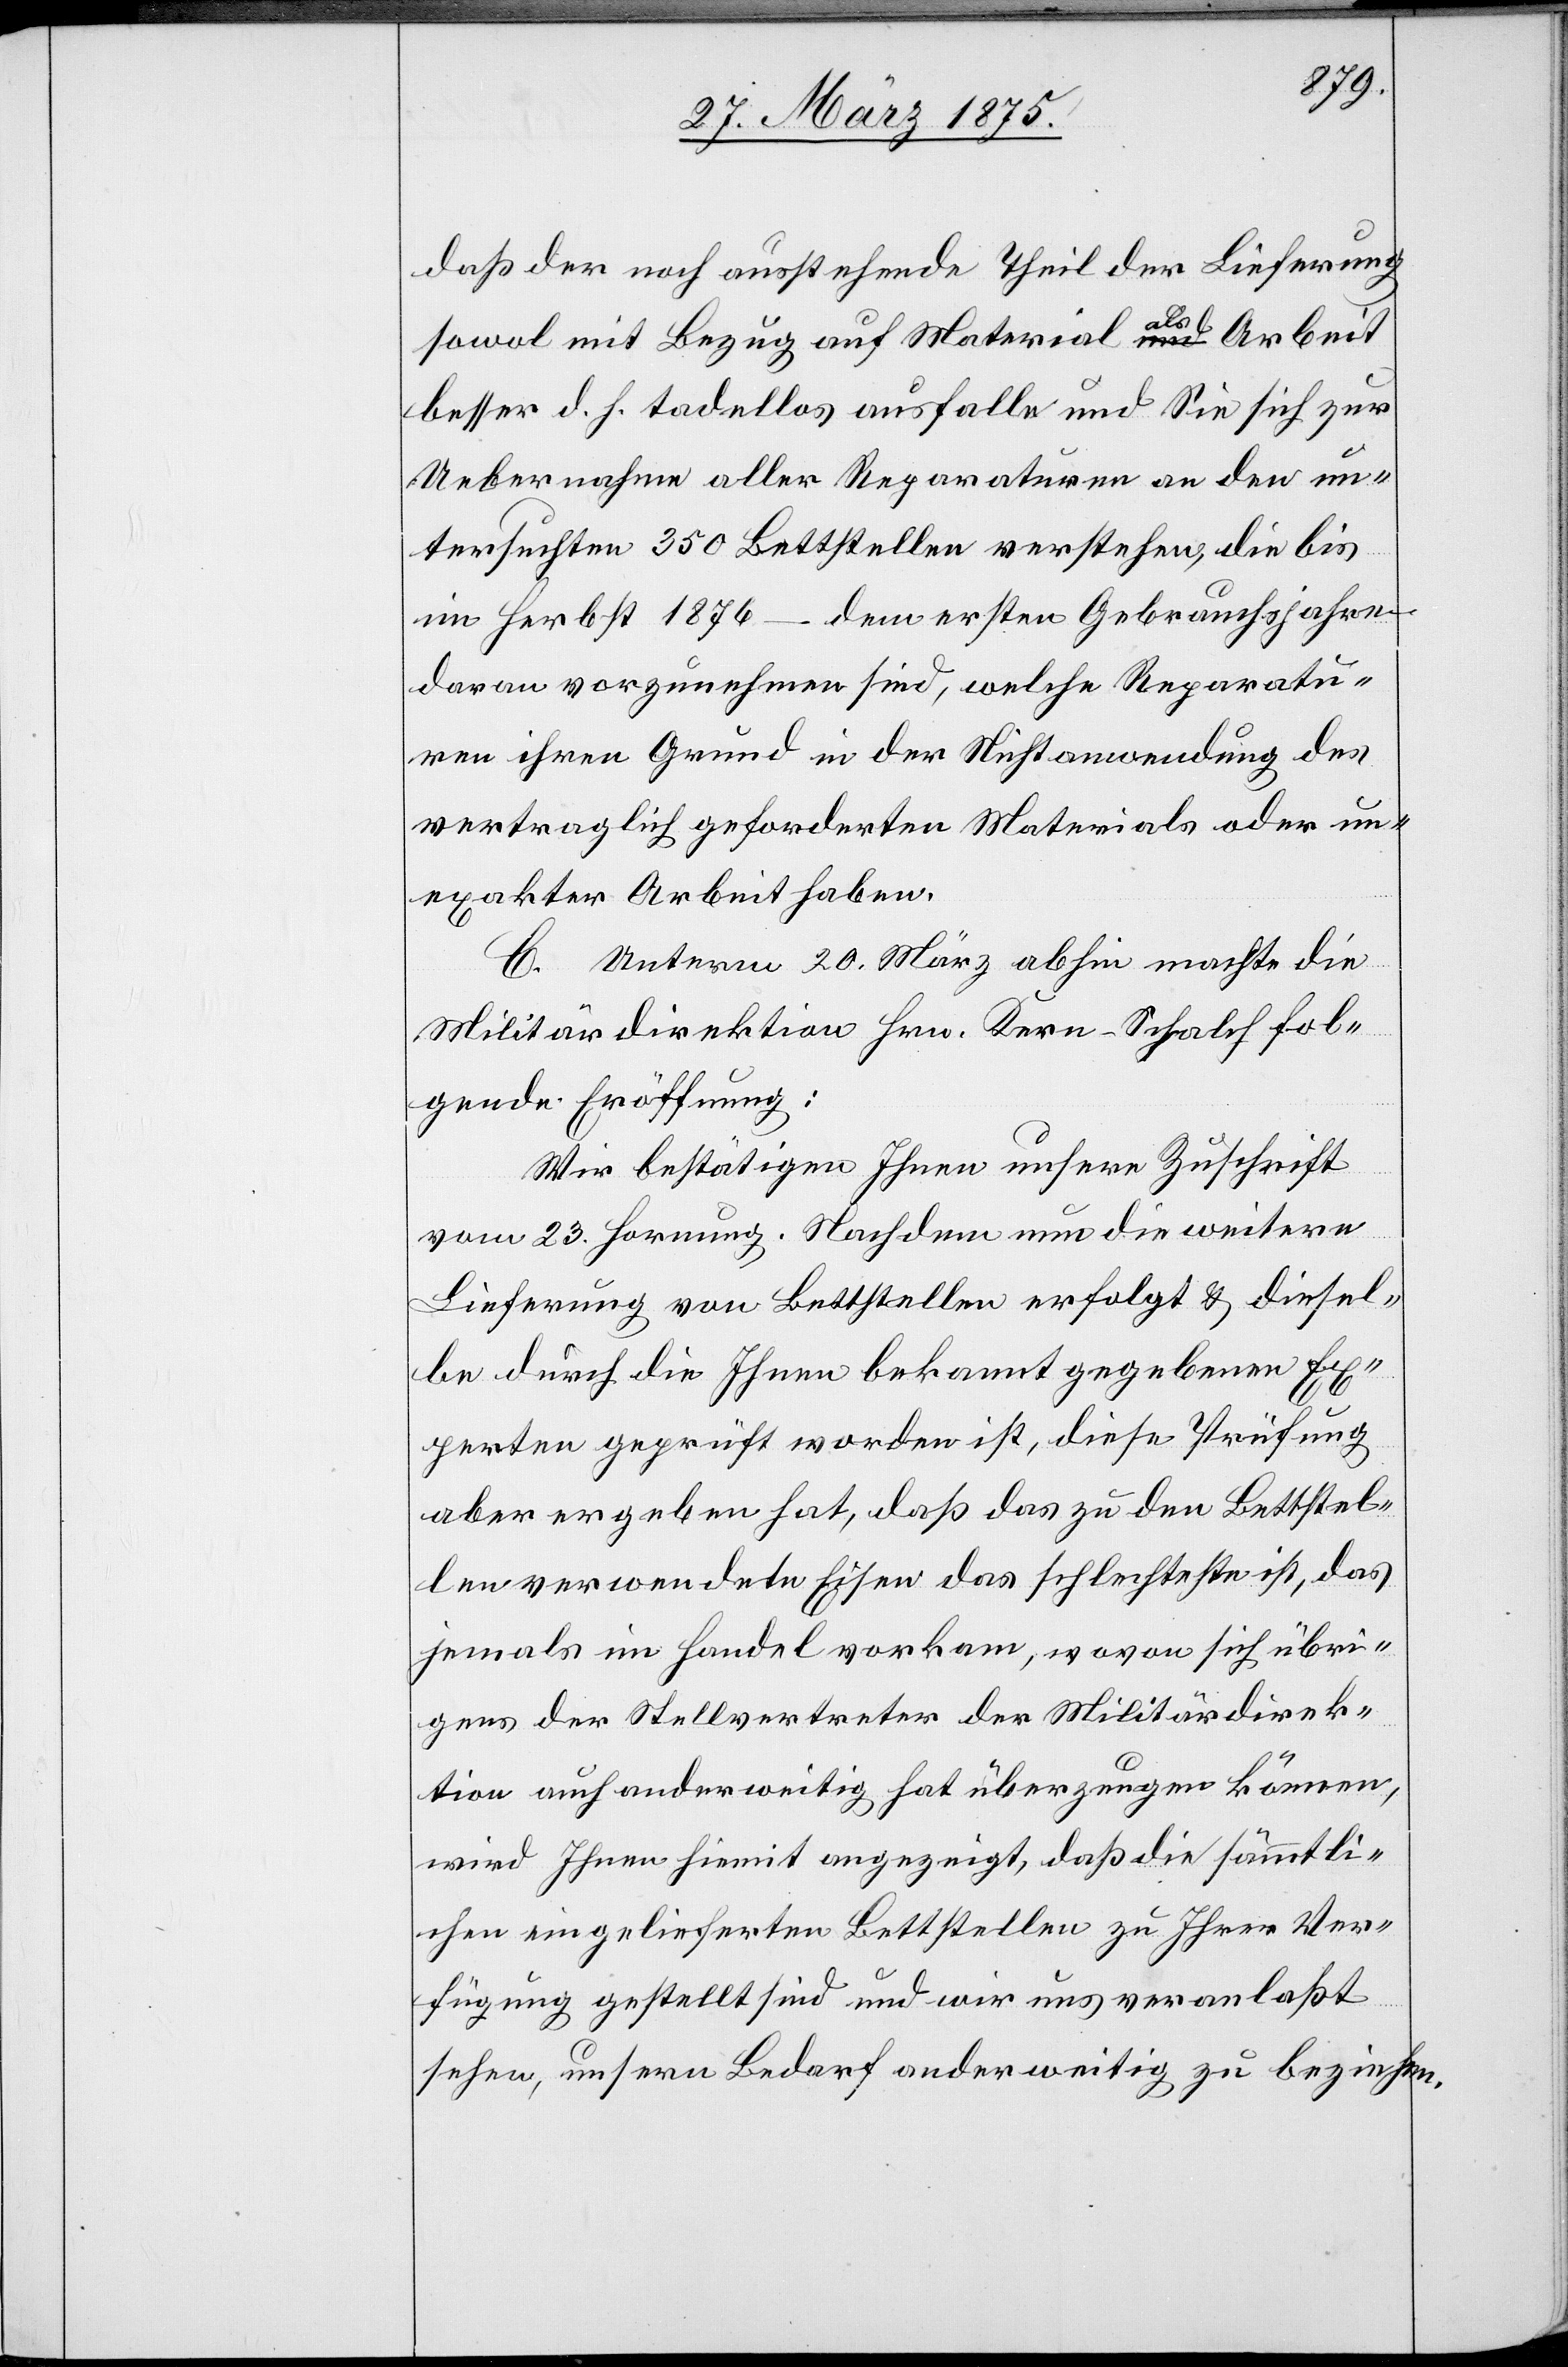
daß der noch ausstehende Theil der Lieferung
sowol mit Bezug auf Material als Arbeit
besser d. h. tadellos ausfalle und Sie sich zur
Uebernahme aller Reparaturen an den un¬
tersuchten 350 Bettstellen verstehen, die bis
im Herbst 1876 – dem ersten Gebrauchsjahre
daran vorzunehmen sind, welche Reparatu¬
ren ihren Grund in der Nichtanwendung des
vertraglich geforderten Materials oder un¬
exakter Arbeit haben.[“]
C. Unterm 20. März abhin machte die
Militärdirektion Hrn. Kern-Schalch fol¬
gende Eröffnung:
Wir bestätigen Ihnen unsere Zuschrift
vom 23. Hornung. Nachdem nun die weitere
Lieferung von Bettstellen erfolgt & diesel¬
be durch die Ihnen bekannt gegebenen Ex¬
perten geprüft worden ist, diese Prüfung
aber ergeben hat, daß das zu den Bettstel¬
le verwendete Eisen das schlechteste ist, das
jemals im Handel vorkam, wovon sich übri¬
gens der Stellvertreter der Militärdirek¬
tion auch anderweitig hat überzeugen können,
wird Ihnen hiemit angezeigt, daß die sämmtli¬
chen eingelieferten Bettstellen zu Ihrer Ver¬
fügung gestellt sind und wir uns veranlaßt
sehen, unsern Bedarf anderweitig zu beziehen.